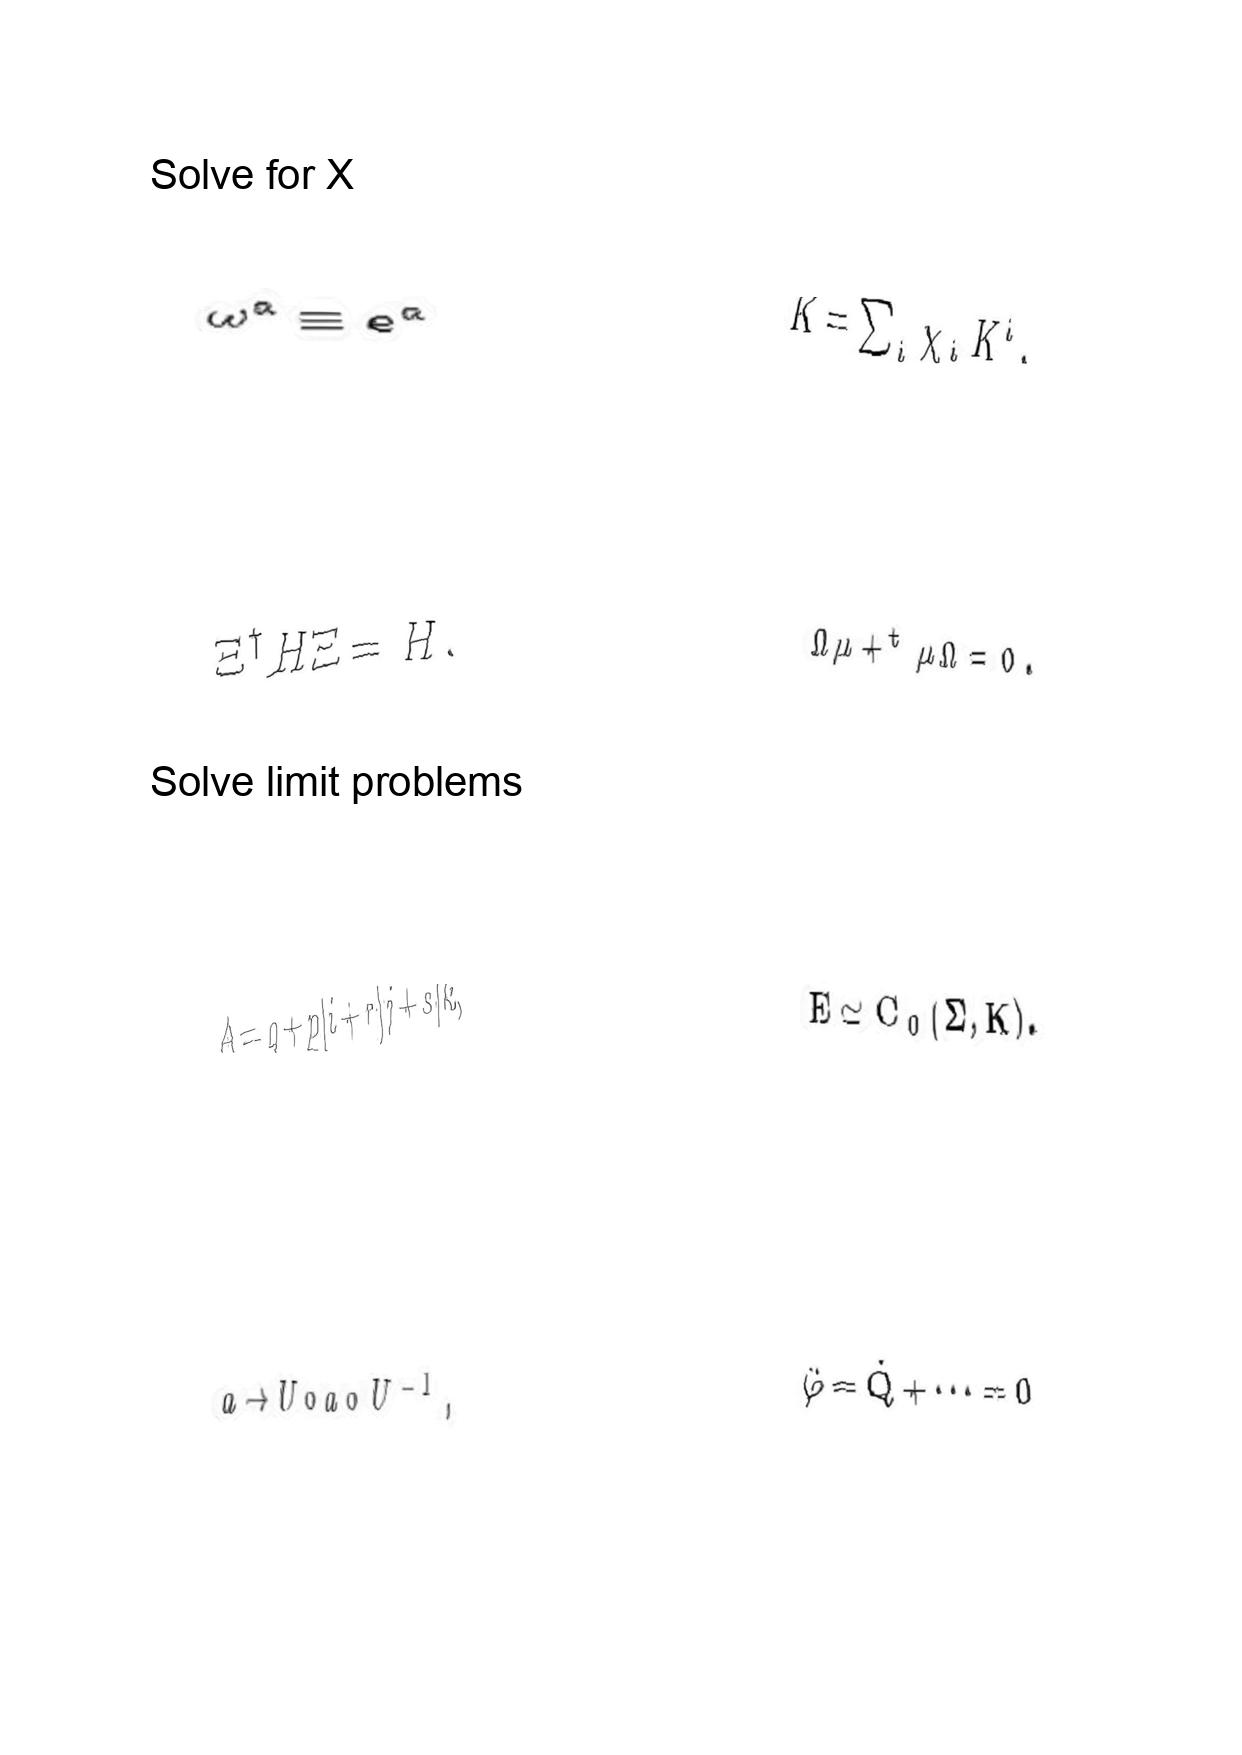
LaTeX transcription:
\omega ^ { a } \equiv e ^ { a }
\Xi ^ { \dagger } H \Xi = \bar { H } .
A = q + p \vert i + r \vert j + s \vert k ,
a \rightarrow U \circ a \circ U ^ { - 1 } ,
K = \sum _ { i } \chi _ { i } K ^ { i } ,
\Omega \mu + ^ { t } \mu \Omega = 0 .
E \simeq C _ { 0 } \lparen \Sigma , K \rparen .
\ddot { \varphi } = \dot { Q } + \@cdots = 0